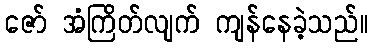
ဇော် အံကြိတ်လျက် ကျန်နေခဲ့သည်။